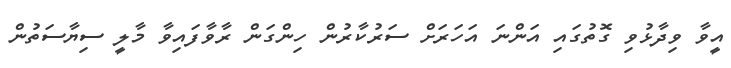
އީވާ ވިދާޅުވި ގޮތުގައި އަންނަ އަހަރަށް ސަރުކާރުން ހިންގަން ރާވާފައިވާ މާލީ ސިޔާސަތުން